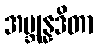
အဗ္ဘုန္နဒိတာ